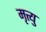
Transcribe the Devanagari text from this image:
मृत्त्यु